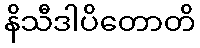
နိသီဒါပိတောတိ